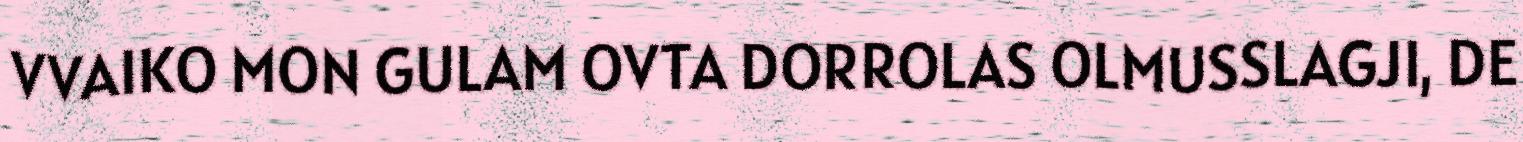
VVAIKO MON GULAM OVTA DORROLAS OLMUSSLAGJI, DE